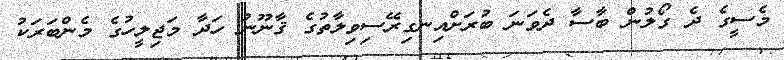
މެސީގެ ދެ ގޯލުން ބާސާ ދެވަނަ ބުރަށްއިނގިރޭސިވިލާތުގެ ޤާނޫނު ހަދާ މަޖިލީހުގެ މެންބަރަކު